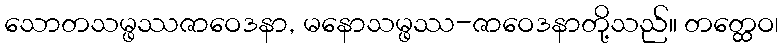
သောတသမ္ဖဿဇာဝေဒနာ, မနောသမ္ဖဿ-ဇာဝေဒနာတို့သည်။ တတ္ထေဝ၊